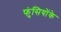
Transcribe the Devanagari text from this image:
फुंसियोंके